Leaving Certificate Examination, 1922
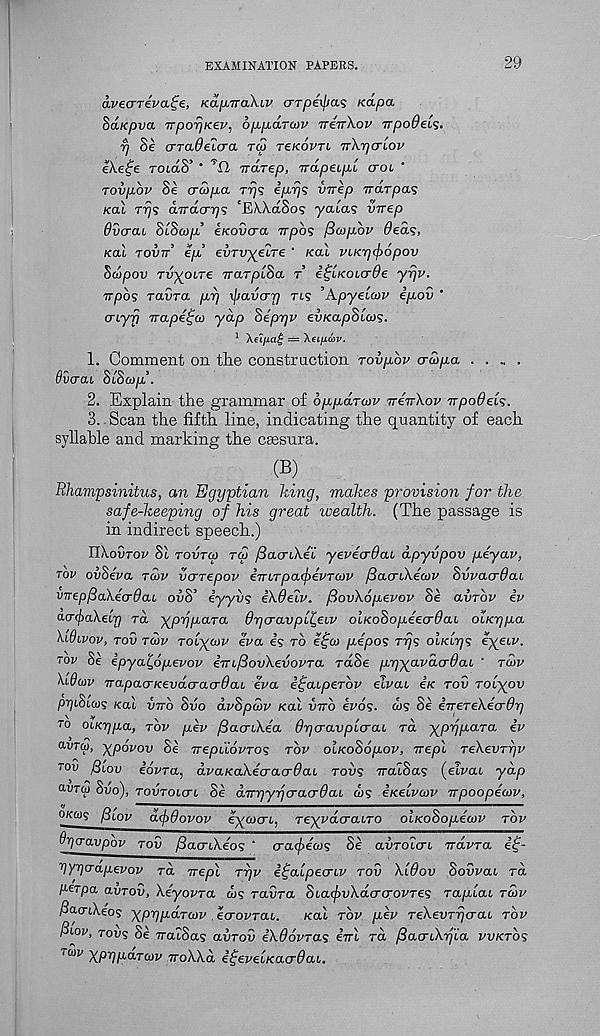
EXAMINATION PAPERS.
29
aveaTevage, Ka^naXiv o-rpexpa? Kapa
SaKpva TTporjicep, opparcov ttettXov vpoOeLS.
rj Se crTaOcicrci toj tekovtl Trkrjcrlov
eke^e rotaS’ *
nra-rep, TrapeupL ctol ‘
rovpbv Se crcopa Trjs iprjs vvep Trdrpas
Kal rrjs dirdcrr]s 'EWctSos yaias vrrep
Ovcrai SlScop’ eKovcra Trpbs fScopbv ded<;,
Kal tovu ep evTvyeiTe ' Kal viKrpj)6pov
Scopov TvycuTe TrarpiSa r’ i^LKOucrde yrjv.
Trpbs ravra prj xpavcrp Tt9 'Apyeioiv ipov ‘
cnyfi TTape^a> yap Seprjv evKapSlcos.
1 AeZ/xa£ = XeLfiav.
1. Comment on the construction rovpbv o-copa
6vcrai SiScop\
2. Explain the grammar of opparov ne-n-Xov vpodel?.
3. - Scan the fifth line, indicating the quantity of each
syllable and marking the caesura.
.
(B ?
Bhampsinitus, an Egyptian Bing, makes provision for the
safe-keeping of his great wealth. (The passage is
in indirect speech.)
IIX.oOtoi' St Tovrcp tco fSaariAdi yevecrdai dpyvpov peyav,
tov ov8eva tcov varepov eTrtrpa^eVr&JV /JacrtXetov SvvacrBai
vnepfiakdo-dau ovS’ eyyus ikdeiv. fiovkopevov Se avrbv iv
(urfakeLy ra y prj para Opcravpi^eiv olKoSopdeadaL oiKrjpa
kidivov, rov rcbv ro[-y(ov eva is to efw pdpos rrjs olkCt]? ^X eiv -
tov Se ipyaljopevov im^ovkevovra rctSe ppyavdcrOai ‘ rcbv
kiduv napaorKevdcraaOai eva i^atperov elvaL e/c rod roiyov
pyjifticos Kal vrrb Svo dv8pcbv Kal vvb ivos- <is Se irrerekdadp
to OiKr/pa, rbv pev fiacnkda Orjcravplcrai rd ypppara iv
avT V> xpdtvov Se rrepiiovros rbv oiKoSopov, rrepl rekevrgv
tov /3cov iovra, dvaKakdcracrOau rovs TratSas (eivai yap
avrw Suo), tovtolo-l Se dirpyricxacrOai wg iKeivoov rrpoopdcov,
okws {3lqv dcjiOovov eyaxn, reyydcrairo ocKoSopdaiv rbv
9y]cravpov tov fiacnikdos ‘ cracjrdoog Se aurotcrt rravra e£-
TtYgerapevov rd rrepl rrjv i^alpecrcv rov kldov Sovvac rd
perga avrov, kdyovra w? ravra 8iacj)vkdcrcrovTes rapiai rcbv
ftacnkeog ypppdrcov ecrovrai.
Kal rbv pev rekevrycrai rbv
ficov, tops Se TratSas avrov ikdovrag iirl rd fiacnkrj'ia vvKrbg
itbv yprjparcdv irokkd itfeveiKacrdai.